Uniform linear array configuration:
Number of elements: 4
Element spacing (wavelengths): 0.75
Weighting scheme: hamming
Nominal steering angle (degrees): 60
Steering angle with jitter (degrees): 59.191
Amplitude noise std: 0.05
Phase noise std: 0.05

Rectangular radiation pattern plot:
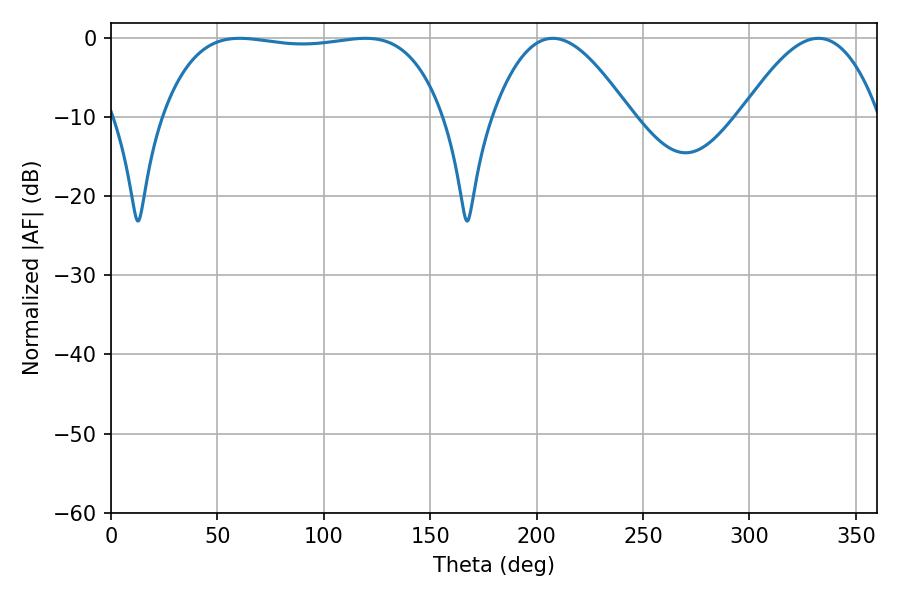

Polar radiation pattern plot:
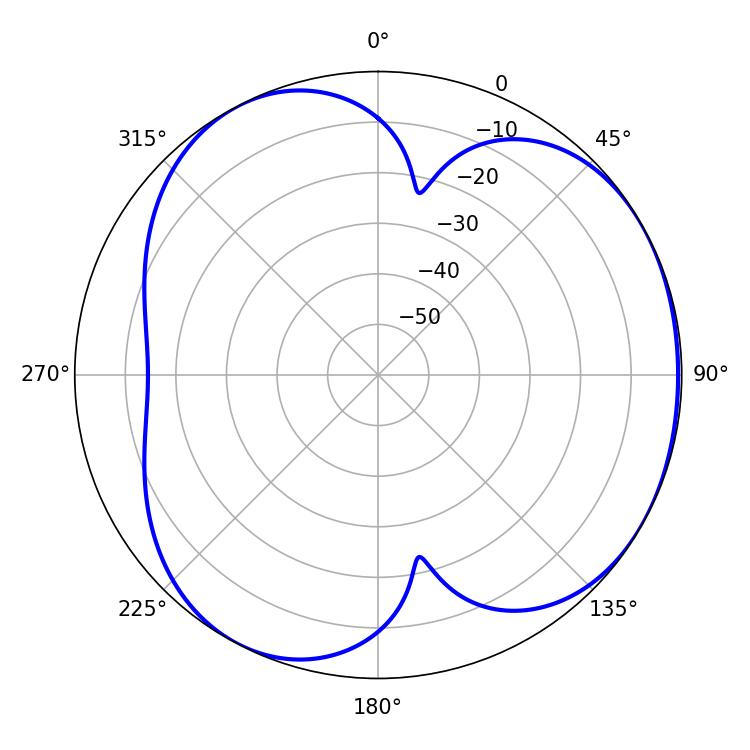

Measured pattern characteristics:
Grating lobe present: TRUE
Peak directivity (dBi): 3.912
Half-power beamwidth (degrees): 105.12
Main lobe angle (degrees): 60.48